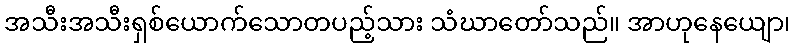
အသီးအသီးရှစ်ယောက်သောတပည့်သား သံဃာတော်သည်။ အာဟုနေယျော၊